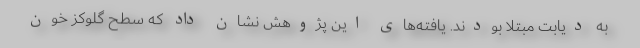
به دیابت مبتلا بودند. یافته‌های این پژوهش نشان داد که سطح گلوکز خون